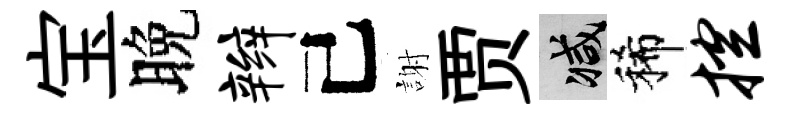
宝晚辫己謝贾减稀控